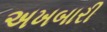
અખબારી